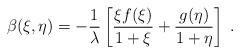
LaTeX: \begin{align*} \beta(\xi,\eta) = -{1\over \lambda} \left[{\xi f(\xi)\over 1+\xi} + {g(\eta) \over 1+\eta}\right]\;.\end{align*}